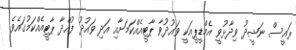
ރައީސް ނަޝީދު ވިދާޅުވީ އެމްޑީޕީއަކީ ވައުދުވާ ޕާޓީއެއްކަމަށާއި އަދި ވައުދު ފުއްދާ ޕާޓީއެއްކަމުގައެވެ.